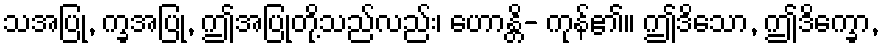
သအပြု, က္ခအပြု, ဤအပြုတို့သည်လည်း၊ ဟောန္တိ- ကုန်၏။ ဤဒိသော, ဤဒိက္ခော,